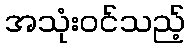
အသုံးဝင်သည့်